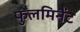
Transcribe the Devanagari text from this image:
फुलमिनैंट